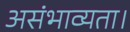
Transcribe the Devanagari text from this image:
असंभाव्यता।